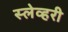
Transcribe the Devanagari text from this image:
स्लेव्हरी